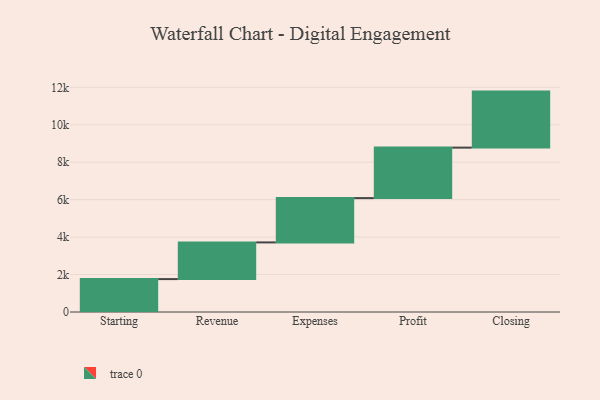
{"axis": {"x": "Step", "y": "Value"}, "legend": [""], "data": [{"x": "Starting", "y": 1757.0, "type": ""}, {"x": "Revenue", "y": 1960.0, "type": ""}, {"x": "Expenses", "y": 2366.0, "type": ""}, {"x": "Profit", "y": 2697.0, "type": ""}, {"x": "Closing", "y": 2992.0, "type": ""}]}